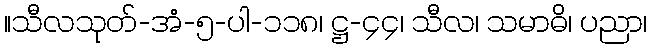
။သီလသုတ်-အံ-၅-ပါ-၁၁၈၊ ဋ္ဌ-၄၄၊ သီလ၊ သမာဓိ၊ ပညာ၊